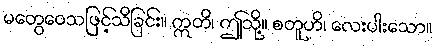
မတွေဝေသဖြင့်သိခြင်း။ ဣတိ၊ ဤသို့။ စတူဟိ၊ လေးပါးသော။